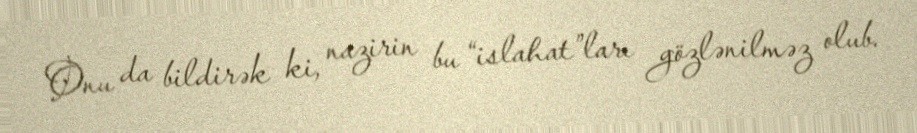
Onu da bildirək ki, nazirin bu “islahat”ları gözlənilməz olub.